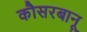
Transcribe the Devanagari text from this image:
कौसरबानू